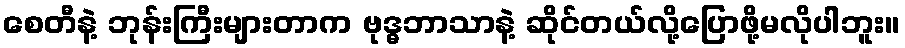
စေတီနဲ့ ဘုန်းကြီးများတာက ဗုဒ္ဓဘာသာနဲ့ ဆိုင်တယ်လို့ပြောဖို့မလိုပါဘူး။